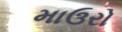
માઉરો